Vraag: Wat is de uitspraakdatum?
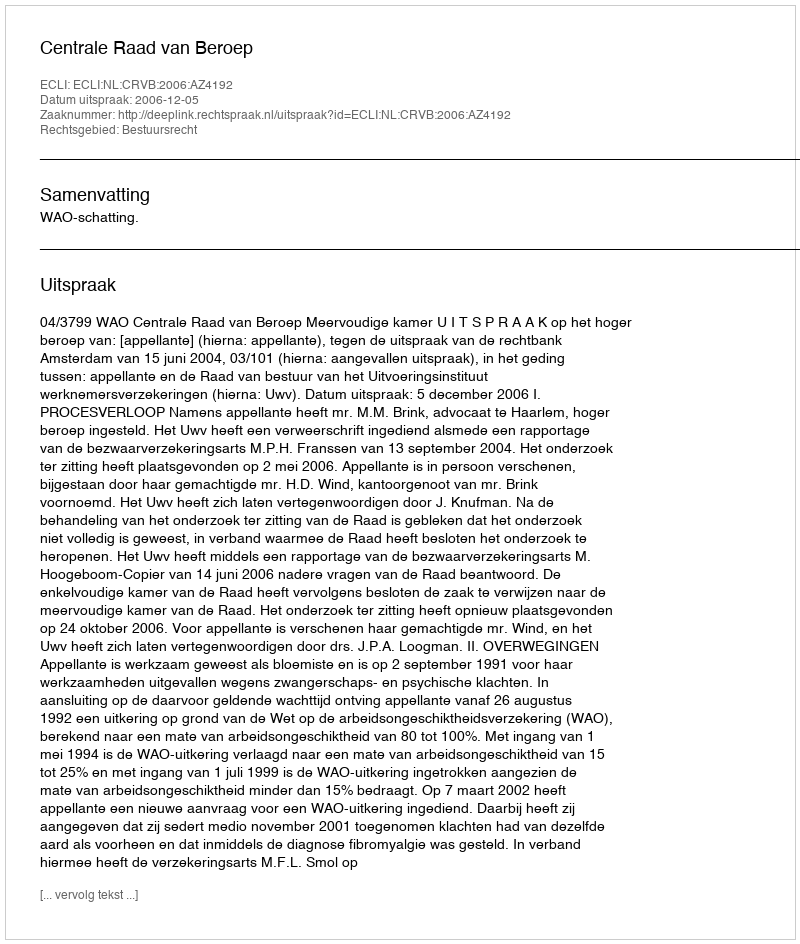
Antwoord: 2006-12-05